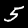
Label: 5